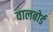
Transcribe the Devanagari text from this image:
वालबोर्ड